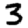
Digit: 3